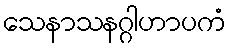
သေနာသနဂ္ဂါဟာပကံ